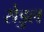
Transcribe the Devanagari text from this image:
सेडुल